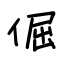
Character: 倔